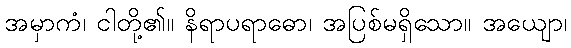
အမှာကံ၊ ငါတို့၏။ နိရာပရာဓော၊ အပြစ်မရှိသော။ အယျော၊